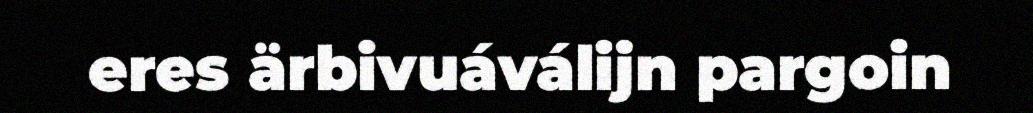
eres ärbivuáválijn pargoin